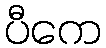
ပီကေ